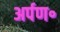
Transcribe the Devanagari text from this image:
अर्पण॰